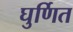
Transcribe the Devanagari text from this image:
घुर्णित